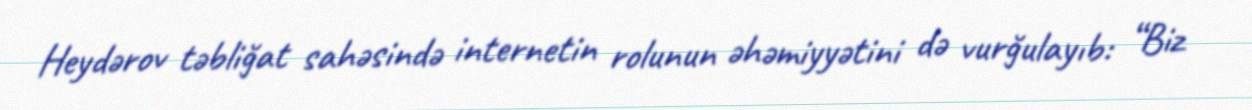
Heydərov təbliğat sahəsində internetin rolunun əhəmiyyətini də vurğulayıb: “Biz